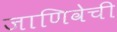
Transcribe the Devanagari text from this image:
जाणिवेची